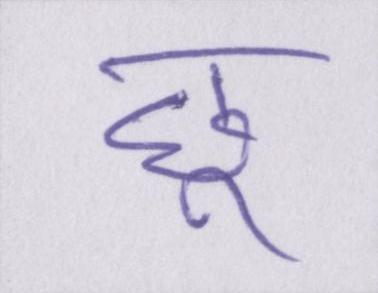
छू